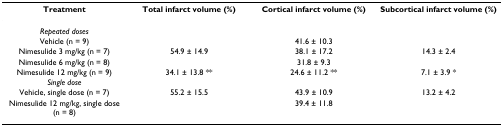
<table><thead><tr><td><b>Treatment</b></td><td><b>Total infarct volume (%)</b></td><td><b>Cortical infarct volume (%)</b></td><td><b>Subcortical infarct volume (%)</b></td></tr></thead><tbody><tr><td><i>Repeated doses</i></td><td>[EMPTY_CELL]</td><td>[EMPTY_CELL]</td><td>[EMPTY_CELL]</td></tr><tr><td>Vehicle (n = 9)</td><td>[EMPTY_CELL]</td><td>41.6 ± 10.3</td><td>[EMPTY_CELL]</td></tr><tr><td>Nimesulide 3 mg/kg (n = 7)</td><td>54.9 ± 14.9</td><td>38.1 ± 17.2</td><td>14.3 ± 2.4</td></tr><tr><td>Nimesulide 6 mg/kg (n = 8)</td><td>[EMPTY_CELL]</td><td>31.8 ± 9.3</td><td>[EMPTY_CELL]</td></tr><tr><td>Nimesulide 12 mg/kg (n = 9)</td><td>34.1 ± 13.8 **</td><td>24.6 ± 11.2 **</td><td>7.1 ± 3.9 *</td></tr><tr><td><i>Single dose</i></td><td>[EMPTY_CELL]</td><td>[EMPTY_CELL]</td><td>[EMPTY_CELL]</td></tr><tr><td>Vehicle, single dose (n = 7)</td><td>55.2 ± 15.5</td><td>43.9 ± 10.9</td><td>13.2 ± 4.2</td></tr><tr><td>Nimesulide 12 mg/kg, single dose (n = 8)</td><td>[EMPTY_CELL]</td><td>39.4 ± 11.8</td><td>[EMPTY_CELL]</td></tr></tbody></table>